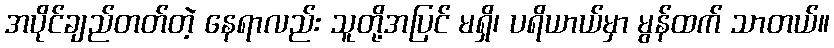
အပိုင်ချည်တတ်တဲ့ နေရာလည်း သူတို့အပြင် မရှိ၊ ပရိယာယ်မှာ မွန်ထက် သာတယ်။